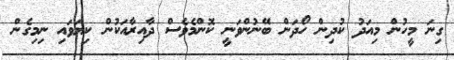
ގިނަ މީހުން މިއަދު ކުދިން ހޯދަން ބޭނުންވަނީ ކޮންމެވެސް ދާއިރާއަކުން ކިޔަވައި ނިމިގެން